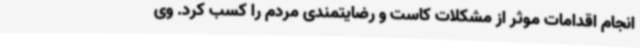
انجام اقدامات موثر از مشکلات کاست و رضایتمندی مردم را کسب کرد. وی